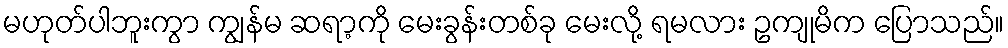
မဟုတ်ပါဘူးကွာ ကျွန်မ ဆရာ့ကို မေးခွန်းတစ်ခု မေးလို့ ရမလား ဥကျုမိက ပြောသည်။